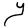
Character: Y